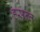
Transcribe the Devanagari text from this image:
हसन्त